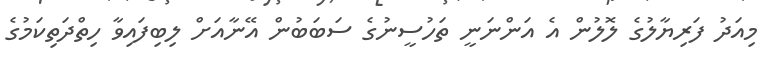
މިއަދު ފަރިޔާލުގެ ލޮލުން އެ އަންނަނީ ތަހުސީނުގެ ސަބަބުން އޭނާއަށް ލިބިފައިވާ ހިތްދަތިކަމުގެ